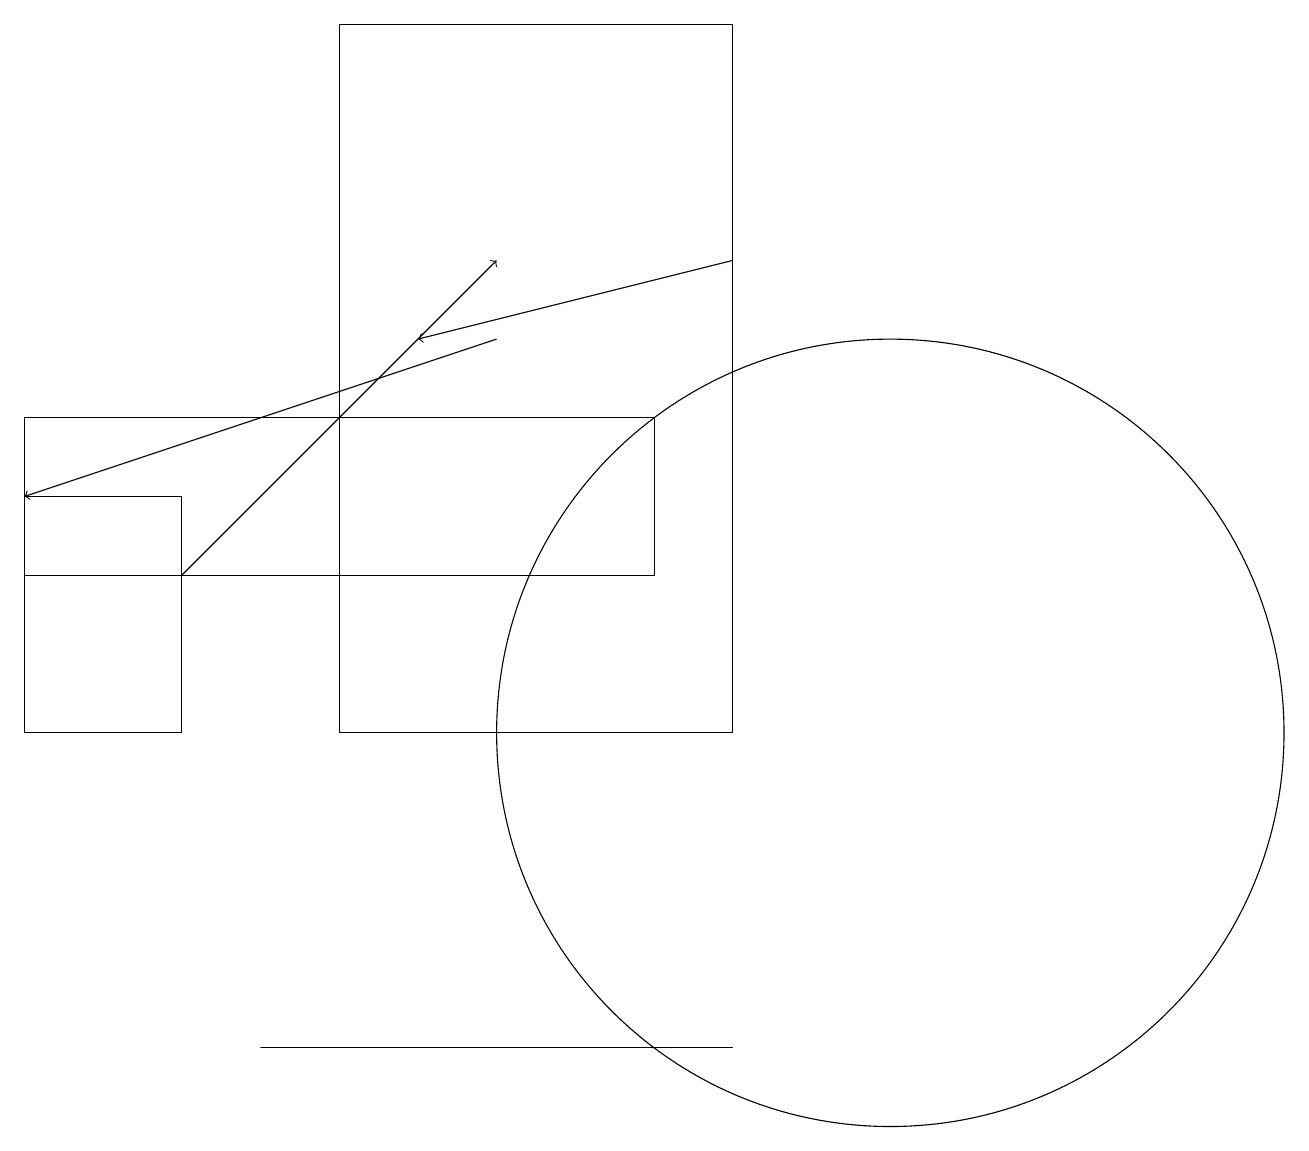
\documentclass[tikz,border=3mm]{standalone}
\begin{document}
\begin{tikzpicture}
\draw[->] (2,12) -- (6,16);
\draw (2,10) rectangle (0,13);
\draw (9,10) rectangle (4,19);
\draw[->] (6,15) -- (0,13);
\draw (11,10) circle (5);
\draw (0,12) rectangle (8,14);
\draw (9,6) -- (3,6) -- (5,6) -- cycle;
\draw[->] (9,16) -- (5,15);
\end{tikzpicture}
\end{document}